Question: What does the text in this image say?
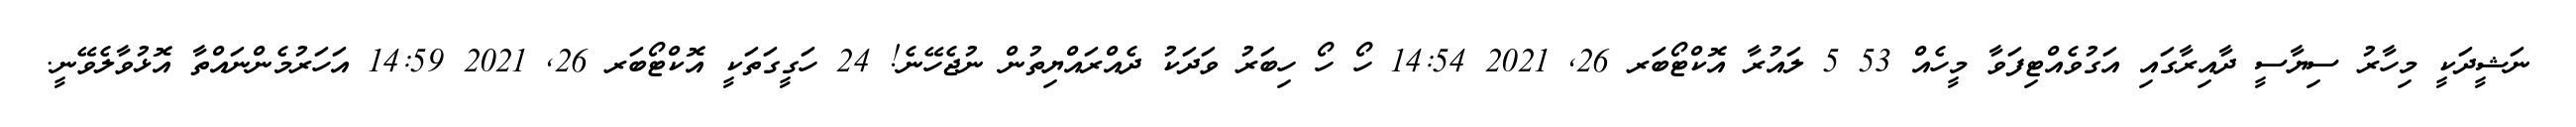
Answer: ނަޝީދަކީ މިހާރު ސިޔާސީ ދާއިރާގައި އަގުވެއްޓިފަވާ މީހެއް 53 5 ލައުރާ އޮކްޓޯބަރ 26, 2021 14:54 ހޯ ހޯ ހިބަރު ވަދަކު ދެއްރައްޔިތުން ނުޖެހޭނެ! 24 ހަގީގަތަކީ އޮކްޓޯބަރ 26, 2021 14:59 އަހަރުމެންނައްތާ އޮޅުވާލެވޭނީ.